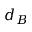
d _ { B }